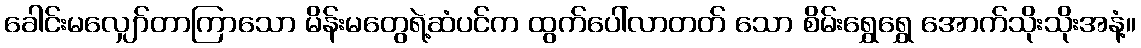
ခေါင်းမလျှော်တာကြာသော မိန်းမတွေရဲ့ဆံပင်က ထွက်ပေါ်လာတတ် သော စိမ်းရွှေရွှေ အောက်သိုးသိုးအနံ့။